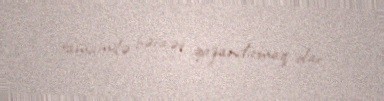
tamamilə bəraət qazandırmaq olar.